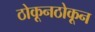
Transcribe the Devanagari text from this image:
ठोकूनठोकून